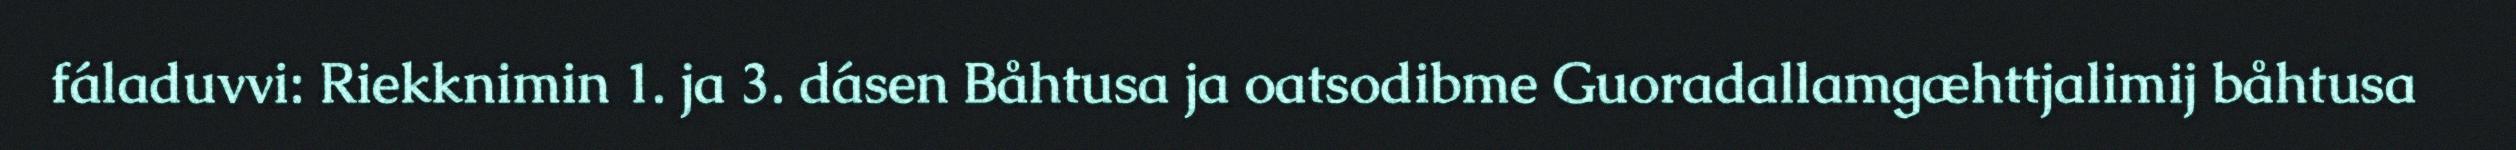
fáladuvvi: Riekknimin 1. ja 3. dásen Båhtusa ja oatsodibme Guoradallamgæhttjalimij båhtusa